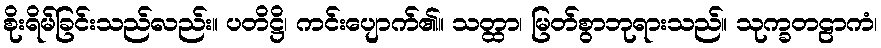
စိုးရိမ်ခြင်းသည်လည်း။ ပတိဋ္ဌိ၊ ကင်းပျောက်၏။ သတ္ထာ၊ မြတ်စွာဘုရားသည်။ သုက္ခတဠာကံ၊